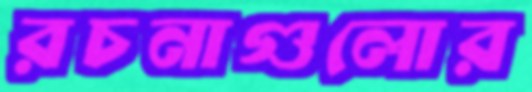
রচনাগুলোর